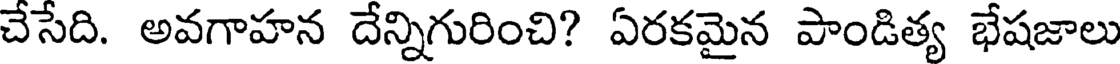
చేసేది. అవగాహన దేన్నిగురించి? ఏరకమైన పాండిత్య భేషజాలు